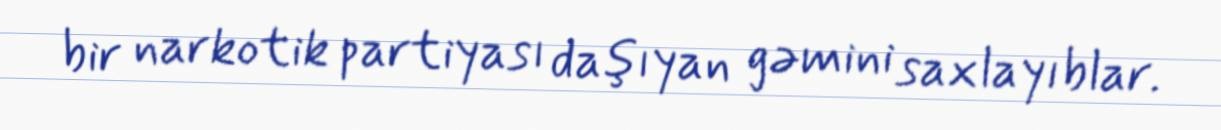
bir narkotik partiyası daşıyan gəmini saxlayıblar.